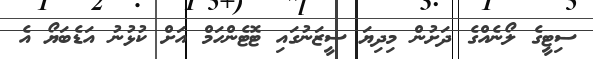
ސިޓީގެ ލޯނެއްގެ ދަށުން މިދިޔަ ސީޒަނުގައި ޓޮޓެންހަމް އަށް ކުޅުނު އަޑެބަޔޯ އެ